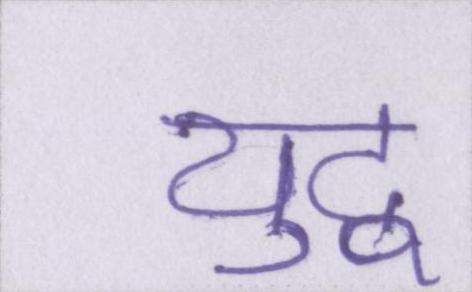
युद्व